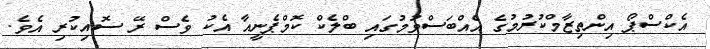
އެކްސްޕޯ އިންތިޒާމްކުރުމުގެ އެއްބަސްވުމުގައި ބްލެކް ކޮމްޕެނީއާ އެކު ވެސް ރޭ ސޮއިކުރި އެވެ.